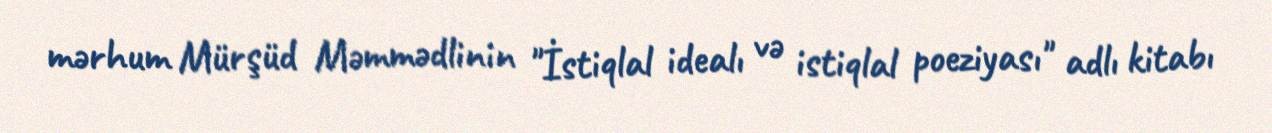
mərhum Mürşüd Məmmədlinin "İstiqlal idealı və istiqlal poeziyası" adlı kitabı